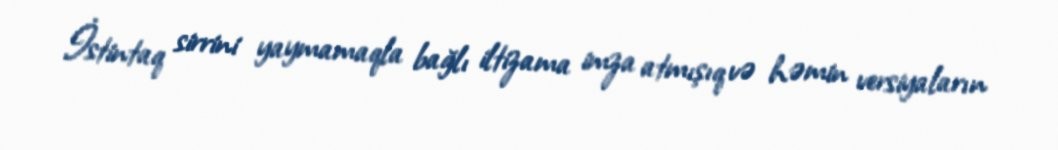
İstintaq sirrini yaymamaqla bağlı iltizama imza atmışıq və həmin versiyaların